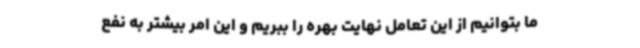
ما بتوانیم از این تعامل نهایت بهره را ببریم و این امر بیشتر به نفع